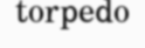
torpedo